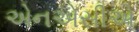
એનએસીએ